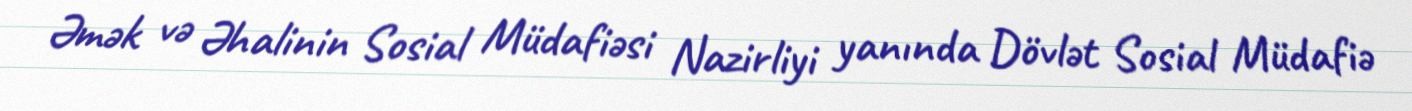
Əmək və Əhalinin Sosial Müdafiəsi Nazirliyi yanında Dövlət Sosial Müdafiə